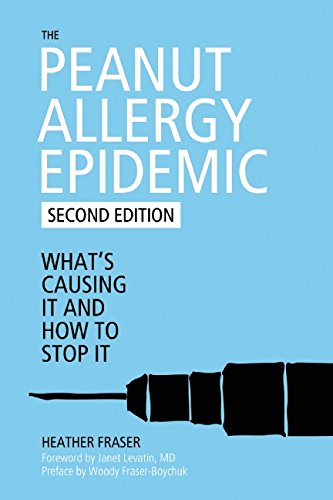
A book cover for The Peanut Allergy Epidemic: What's Causing It and How to Stop It; Heather Fraser; Health, Fitness & Dieting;